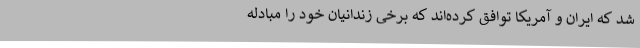
شد که ایران و آمریکا توافق کرده‌اند که برخی زندانیان خود را مبادله